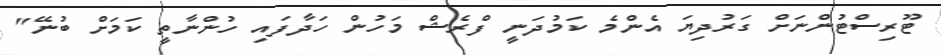
ޓޫރިސްޓުންނަށް ގަރުދިޔަ އެންމެ ކަމުދަނީ ފްރެޝް މަހުން ހަދާފައި ހުންނާތީ ކަމަށް ބުނޭ"